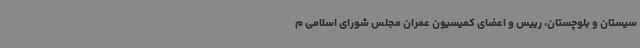
سیستان و بلوچستان، رییس و اعضای کمیسیون عمران مجلس شورای اسلامی م